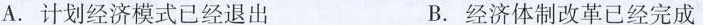
A.计划经济模式已经退出 B.经济体制改革已经完成